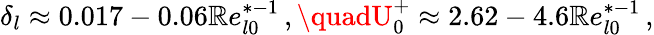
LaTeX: \delta_{l}\approx0.017-0.06\mathbb{R}e_{l0}^{*-1}\, ,\quadU_{0}^{+}\approx2.62-4.6\mathbb{R}e_{l0}^{*-1}\, ,